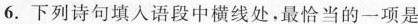
6.下列诗句填入语段中横线处，最恰当的一项是